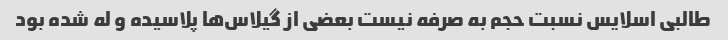
طالبی اسلایس نسبت حجم ‌به صرفه نیست بعضی از گیلاس‌ها پلاسیده و له شده بود